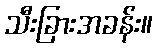
သီးခြားအခန်း။